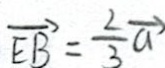
\overrightarrow { E B } = \frac { 2 } { 3 } \overrightarrow { a }